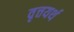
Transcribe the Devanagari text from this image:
वृत्तयर्थ